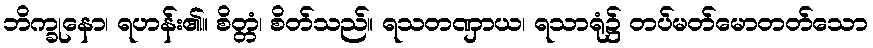
ဘိက္ခုနော၊ ရဟန်း၏။ စိတ္တံ၊ စိတ်သည်။ ရသတဏှာယ၊ ရသာရုံ၌ တပ်မတ်မောတတ်သော